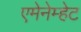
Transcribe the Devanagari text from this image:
एमेनेम्हेट